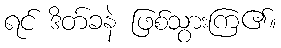
ရင် ဒိတ်ခနဲ ဖြစ်သွားကြ၏။